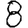
Digit: 8